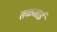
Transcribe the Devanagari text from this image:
तळजाई